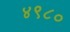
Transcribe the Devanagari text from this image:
४९८०